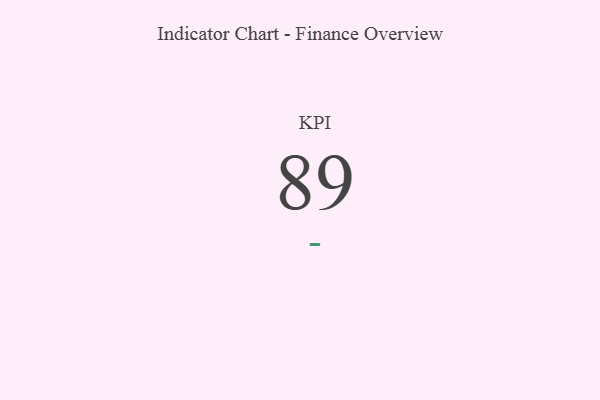
{"axis": {"x": "KPI", "y": "Value"}, "legend": [""], "data": [{"x": "KPI", "y": 89, "type": ""}]}